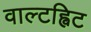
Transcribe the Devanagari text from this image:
वाल्टह्विट